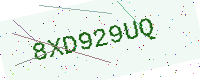
Text: 8XD929UQ